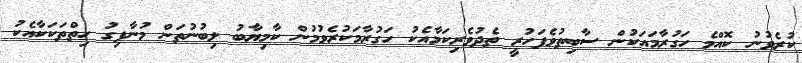
ކުރެވުނު ކޮއްމެ ހަގުރާމައަކުން ސާބިތުވެފަހުރީ ތެދުވެރިކަމާއެކު ހަގުރާމަކުރެވުމުން ކާމިޔާބު ލިބުނުތަން މުނާފިގު ހިތްތަކަކާއެކު